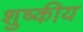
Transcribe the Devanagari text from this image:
शुष्कीय